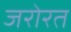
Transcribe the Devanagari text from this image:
जरोरत